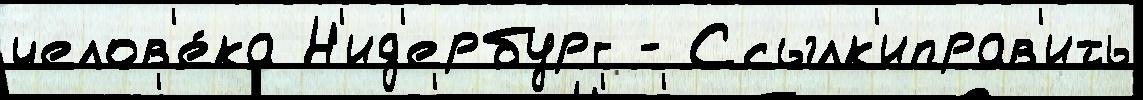
челов'е́ка Н'ид'ербург - Ссылк'иправ'ить